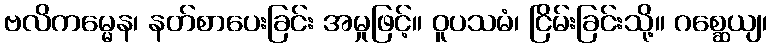
ဗလိကမ္မေန၊ နတ်စာပေးခြင်း အမှုဖြင့်။ ဝူပသမံ၊ ငြိမ်းခြင်းသို့။ ဂစ္ဆေယျ၊